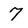
Character: 7